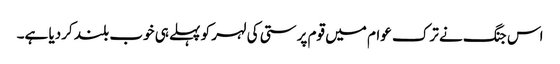
اس جنگ نے ترک عوام میں قوم پرستی کی لہر کو پہلے ہی خوب بلند کردیا ہے۔